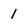
Character: 1